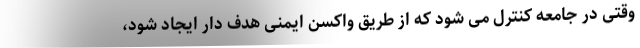
وقتی در جامعه کنترل می شود که از طریق واکسن ایمنی هدف دار ایجاد شود،